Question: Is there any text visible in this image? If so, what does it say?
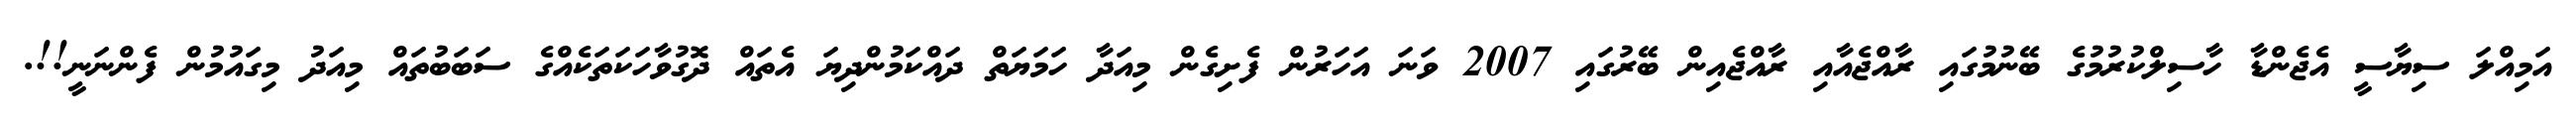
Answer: އަމިއްލަ ސިޔާސީ އެޖެންޑާ ހާސިލްކުރުމުގެ ބޭނުމުގައި ރާއްޖެއާއި ރާއްޖެއިން ބޭރުގައި 2007 ވަނަ އަހަރުން ފެށިގެން މިއަދާ ހަމަޔަތް ދައްކަމުންދިޔަ އެތައް ދޮގުވާހަކަތަކެއްގެ ސަބަބުތައް މިއަދު މިގައުމުން ފެންނަނީ!!.